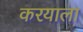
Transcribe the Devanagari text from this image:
करयाला